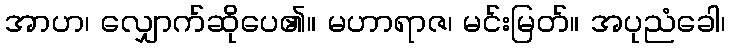
အာဟ၊ လျှောက်ဆိုပေ၏။ မဟာရာဇ၊ မင်းမြတ်။ အပုညံခေါ၊